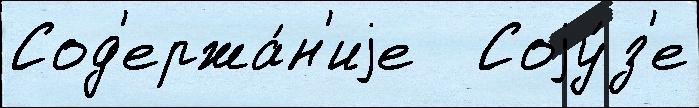
Сод'ержа́н'иjе   Соjу́з'е